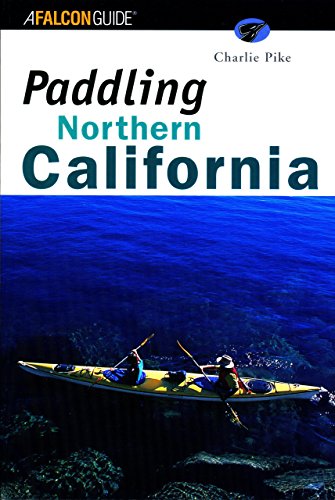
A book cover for Paddling Northern California (Regional Paddling Series); Charlie Pike; Travel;